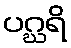
ပဂ္ဃရိ